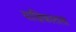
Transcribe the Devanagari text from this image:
याज्ञिकातला